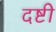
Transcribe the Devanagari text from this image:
दष्टी